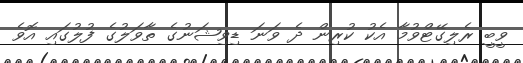
ވީބީ ރެލިގޭޓްވުމާ އެކު ކުރިން ދެ ވަނަ ޑިވިޝަނުގެ ތާވަލުގެ ފުލުގައި އޮވެ